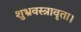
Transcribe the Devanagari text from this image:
शुभ्रवस्त्रावृता।